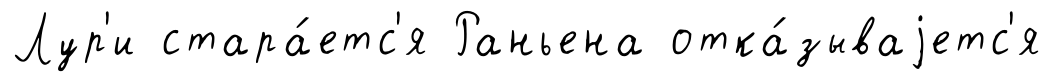
Лур'и стара́етс'я Раньена отка́зываjетс'я